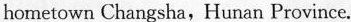
hometown Changsha,Hunan Province.